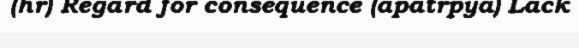
(hr) Regard for consequence (apatrpya) Lack